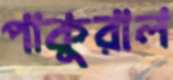
পাকুরাল